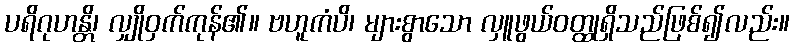
ပရိဂုဟန္တိ၊ လျှိုဝှက်ကုန်၏။ ဗဟူကံပိ၊ များစွာသော လှူဖွယ်ဝတ္ထုရှိသည်ဖြစ်၍လည်း။